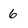
Character: 6